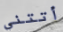
أتتني